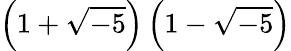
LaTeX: \left(1+{\sqrt{-5}}\right)\left(1-{\sqrt{-5}}\right)